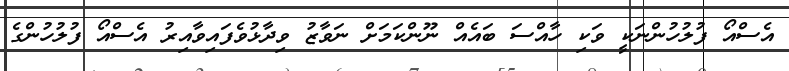
އެސްއޯ ފުލުހުންނަކީ ވަކި ހާއްސަ ބައެއް ނޫންކަމަށް ނަވާޒު ވިދާޅުވެފައިވާއިރު އެސްއޯ ފުލުހުންގެ